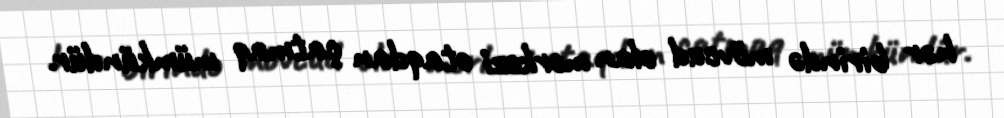
hər birində mövcud olan mərkəzi otaqdan çatmaq mümkündür.